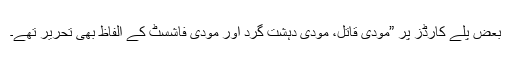
بعض پلے کارڈز پر ”مودی قاتل، مودی دہشت گرد اور مودی فاشسٹ کے الفاظ بھی تحریر تھے۔